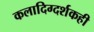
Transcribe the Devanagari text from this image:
कलादिग्दर्शकही